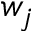
w _ { j }